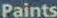
Paints